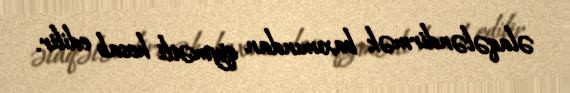
əlaqələndirmək baxımından qiymətli hesab edilir.